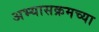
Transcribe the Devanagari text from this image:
अभ्यासक्रमच्या